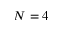
N = 4